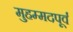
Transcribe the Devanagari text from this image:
मुहम्मदपूर्व